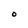
Character: o